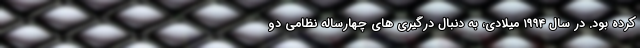
کرده بود. در سال ۱۹۹۴ میلادی، به دنبال درگیری های چهارساله نظامی دو